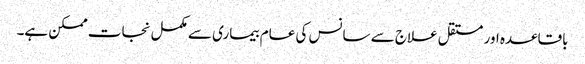
باقاعدہ اور مستقل علاج سے سانس کی عام بیماری سے مکمل نجات ممکن ہے۔